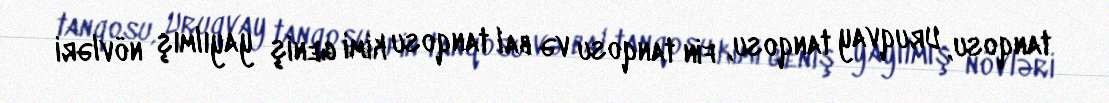
tanqosu, Uruqvay tanqosu, fin tanqosu və bal tanqosu kimi geniş yayılmış növləri